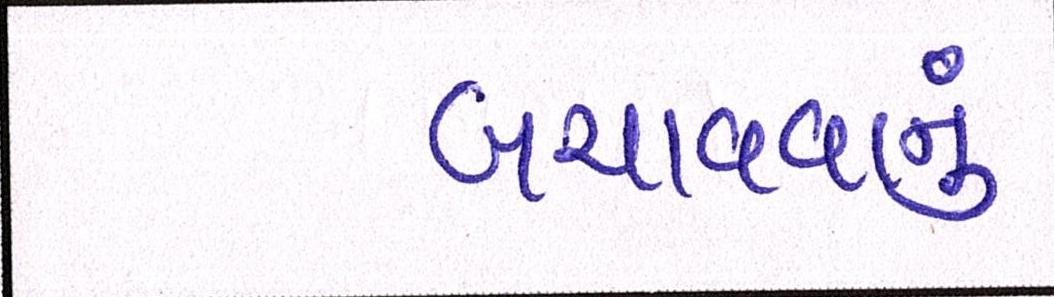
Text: બચાવવાનું